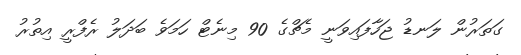
ގަތަރުން ލަނޑު ޖަހާފައިވަނީ މެޗްގެ 90 މިނެޓް ހަމަވެ ބަދަލު ރެފްރީ އިތުރު